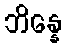
ဘိန္နေ